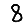
Digit: 8